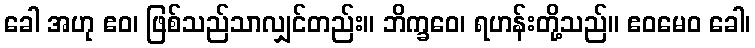
ခေါ အဟု ဧဝ၊ ဖြစ်သည်သာလျှင်တည်း။ ဘိက္ခဝေ၊ ရဟန်းတို့သည်။ ဧဝမေဝ ခေါ၊